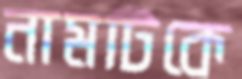
নামটিকে